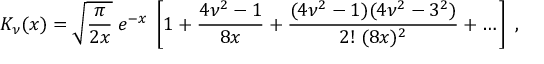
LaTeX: K _ { \nu } ( x ) = \sqrt { \frac { \pi } { 2 x } } \; e ^ { - x } \; \left[ 1 + { \frac { 4 \nu ^ { 2 } - 1 } { 8 x } } + { \frac { ( 4 \nu ^ { 2 } - 1 ) ( 4 \nu ^ { 2 } - 3 ^ { 2 } ) } { 2 ! \; ( 8 x ) ^ { 2 } } } + \dots \right] \; ,